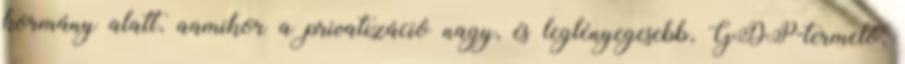
kormány alatt, aamikor a privatizáció nagy, és leglényegesebb, GDP-termelő,